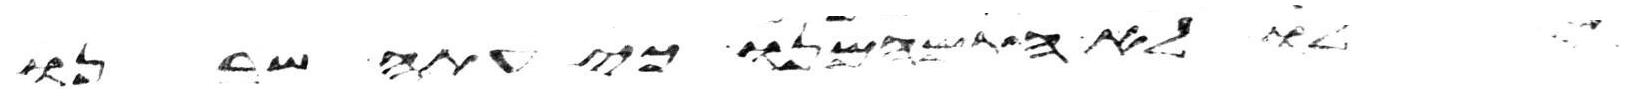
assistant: לו לא התמהמנו כי עתה שבנו